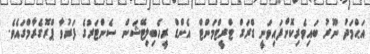
އަޙްމަދު ނޫރު ބައިވެރިކޮށްފައިވަނީ ޑްރަގް ޓްރީޓްމަންޓް އެންޑް ރީހެބިލިޓޭޝަން ސެންޓަރުގެ ފަރުވާ ޕްރޮގެރާމްގައެވެ.